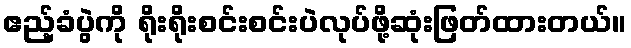
ဧည့်ခံပွဲကို ရိုးရိုးစင်းစင်းပဲလုပ်ဖို့ဆုံးဖြတ်ထားတယ်။